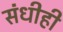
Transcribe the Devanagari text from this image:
संधीही